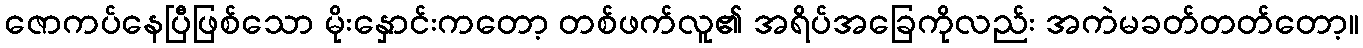
ဇောကပ်နေပြီဖြစ်သော မိုးနှောင်းကတော့ တစ်ဖက်လူ၏ အရိပ်အခြေကိုလည်း အကဲမခတ်တတ်တော့။